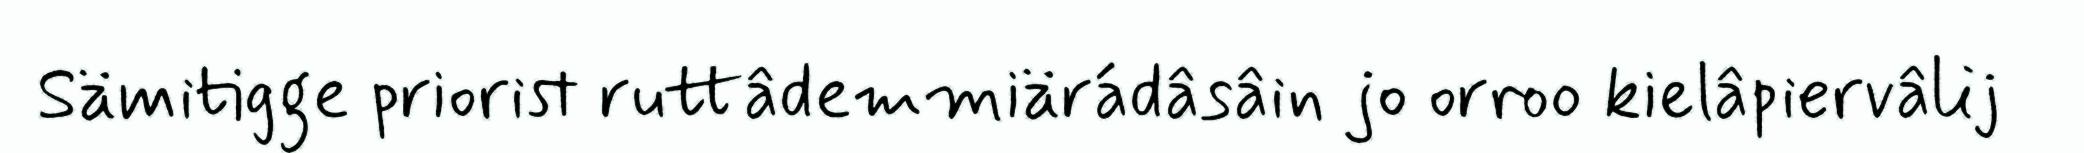
Sämitigge priorist ruttâdemmiärádâsâin jo orroo kielâpiervâlij